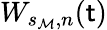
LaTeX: W_{s_{\mathcal{M}},n}(\mathsf{t})